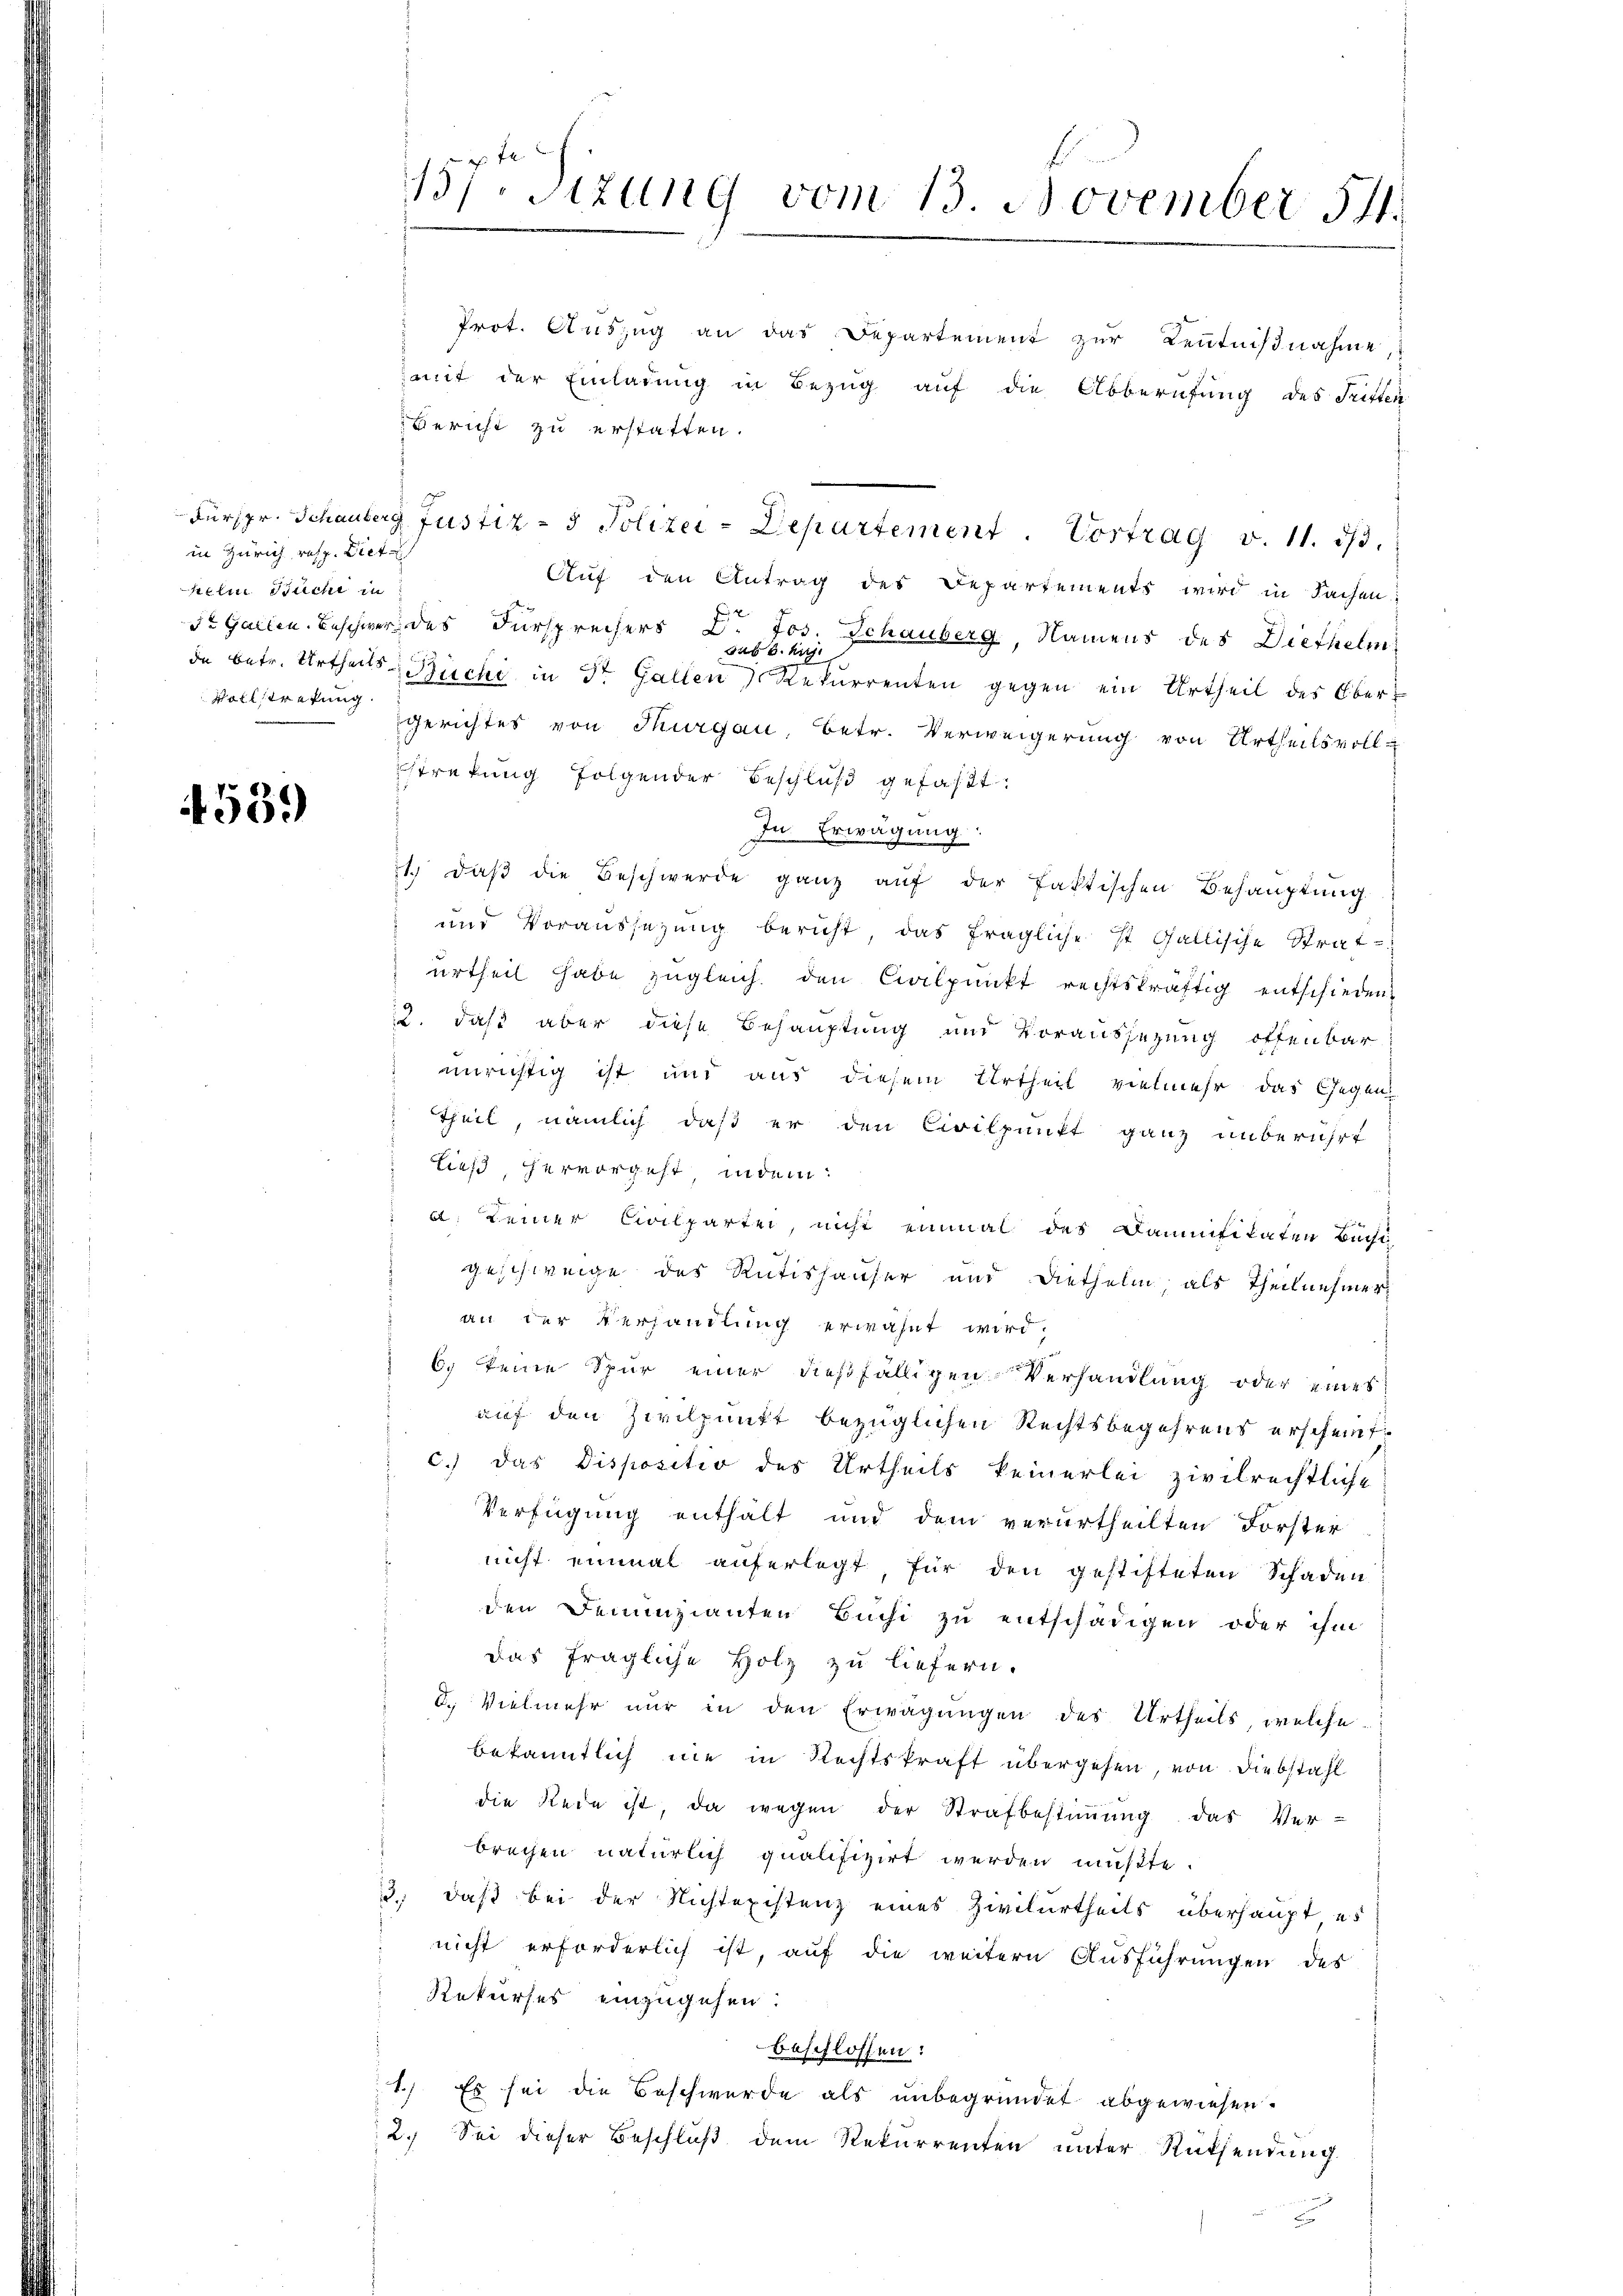
in Zürich resp. Diet
kein Buche in
Vollstretung.

539

157 Sizung vom 13. November 511.

Prot. Auszug an das Departement zur Kenntnißnahme,
amit der Einladung in Bezug auf die Abberufung des Tritten
Bericht zu erstatten.
Auf den Antrag des Departements wird in Sachen:
St. Gallen. Beschwer des Fürsprechers Dr. Jos. Schauberg Namens des Diethelm
Sus 6. huj.
de betr. Urtheils Büchi in St. Gallen Rekurrenten gegen ein Urtheil des Ober¬
Gerichtes von Thurgau, Betr. Verweigerung von Urtheilsvoll-
stretung folgender Beschluß gefaßt.
In Erwägung:
1.) daß die Beschwerde ganz auf der faktischen Behauptung
und Voraussezung bericht, das fragliche ist Gallische Strat
ŭrtheil habe zugleich den Civilpŭnkt rechtskräftig entschieden
12. daß aber diese Behauptung und Voraussezung offenbar
unrichtig ist und aus diesem Urtheil vielmehr das Gegen
Theil, nämlich, daß er den Civilpunkt ganz unberührt
ließ, hervorgeht indem:
a. Deiner Civilpartei, nicht einmal des Baumfitaten Büchi
geschweige des Rütishäuser und Diethelm, als Theilnehmer
an der Verhandlung erwähnt wird,
6. keine Spur einer dießfälligen Verhandlung oder eines
auf den Zivilpunkt bezüglichen Rechtsbegehrens erscheint.
c. das Dispositio des Urtheils keinerlei zivilrechtliche
Verfügung enthält und dem verurtheilten Forster
nicht einmal auferlegt, für den gestifteten Schaden
den Denunzianten Büchi zu entschädigen oder ihm
Das fragliche Holz zu liefern.
2. Vielmehr nur in den Erwägungen des Urtheils, welche
bekanntlich nie in Rechtskraft übergehen, von Diebstahl
die Rede ist, da wegen der Strafbestiṁŭng das Ver-
brechen natürlich qualifizirt werden mußte.
3., daß bei der Nichtexistenz eines Zivilurtheils überhaupt es
nicht erforderlich ist, auf die weitern Ausführungen des
Rekurses einzugehen:
beschlossen:
1.) Es sei die Beschwerde als unbegründet abgewiesen.
2. Sei dieser Beschluß dem Rekurrenten unter Rücksendung

Fürspr. Schauberg Justiz- & Polizei-Departement. Vortrag v. 11. 33.